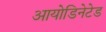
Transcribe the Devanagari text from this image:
आयोडिनेटेड